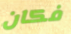
فكان